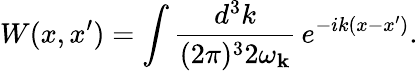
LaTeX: W(x,x^{\prime})=\int\frac{d^{3}k}{(2\pi)^{3}2\omega_{{\mathbf k}}}\, e^{-ik(x-x^{\prime})}.